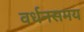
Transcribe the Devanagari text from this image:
वर्धनसमय